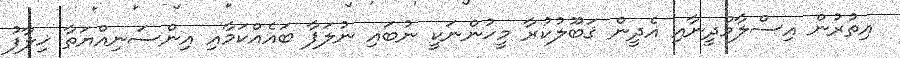
އިތުރުން އިސްލާމްދީނާއި އެދީން ޤަބޫލުކުރާ މީހުންނަކީ ނުބައި ނުލަފާ ބައެއްކަމާއި އިންސަނިއްޔަތާ ޚިލާފު